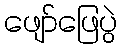
ဖျော်ဖြေပွဲ